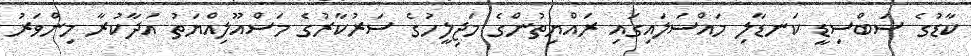
ކާޑުގެ ސަބްސިޑީ ކަނޑާލި މައްސަލައިގައި ރައްޔިތުންގެ މަޖިލީހުގެ ސަރުކާރުގެ މަސްއޫލިއްޔަތު އަދާކުރާ މިންވަރު